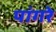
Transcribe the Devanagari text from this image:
पांगरे